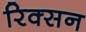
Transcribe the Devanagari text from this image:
रिक्सन